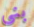
بنى